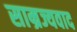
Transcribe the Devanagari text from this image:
साम्रज्यवाद